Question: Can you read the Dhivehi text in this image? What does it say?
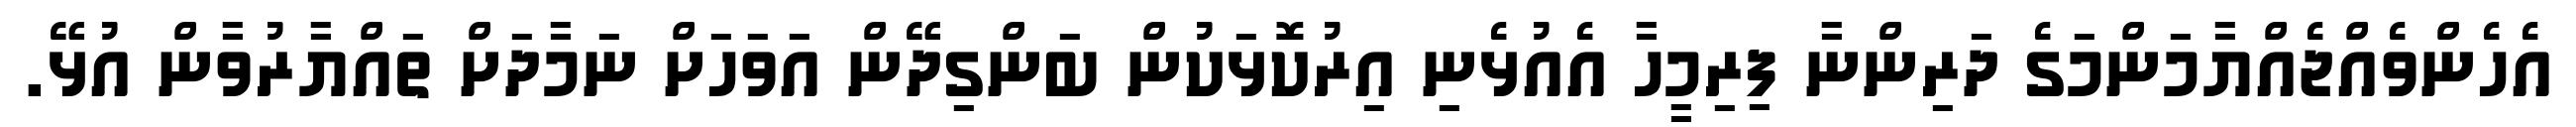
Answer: އެހެންވެއްޖެއްޔާމަންމަގެ ދަރިންނާ ފިރިމީހާ އެއުޅެނި އިރުކޮޅަކުން ބަންގިދޭން އަވަހަށް ނަމާދަށް ތައްޔާރުވާން އުޅޭ.